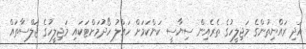
އަދި ރައްޔިތުންގެ މަޖިލީހުގެ ތެރެއިން ސިޔާސީ ކަންކަމަށް ހައްލު ހޯދުމަށްޓަކައި މަޖިލީހުގެ ޖަލްސާތައް